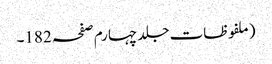
(ملفوظات جلد چہارم صفحہ 182۔